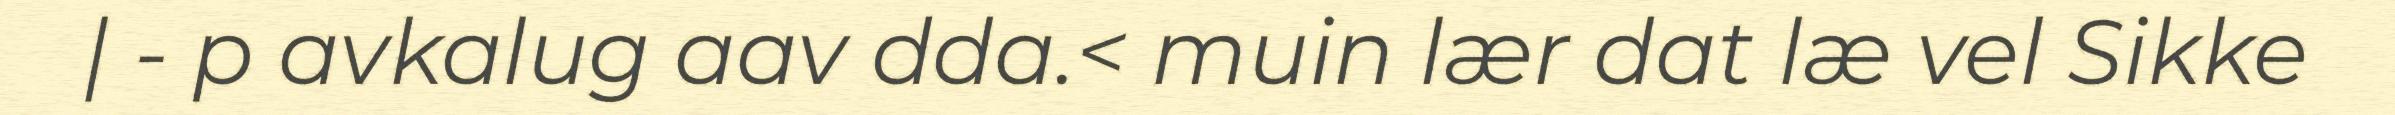
| - p avkalug aav dda.< muin lær dat læ vel Sikke